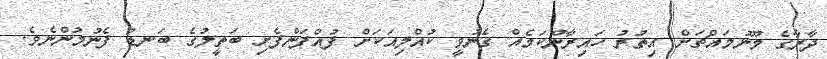
ދާރާގެ މޫނުމައްޗަށް އިތުރު ހައިރާންކަމެއް ގެނުވީ ކުއްލިއަކަށް ފުއްޕަންފެށި ބަތީލުގެ ބަނޑު ފެނުމުންނެވެ.